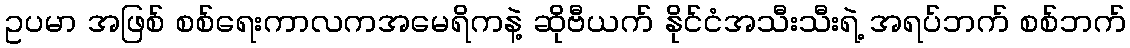
ဥပမာ အဖြစ် စစ်ရေးကာလကအမေရိကနဲ့ ဆိုဗီယက် နိုင်ငံအသီးသီးရဲ့ အရပ်ဘက် စစ်ဘက်